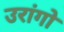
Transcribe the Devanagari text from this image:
उरांगो